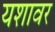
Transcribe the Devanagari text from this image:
यशावर